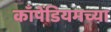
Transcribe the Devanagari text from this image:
काँपेंडियमच्या